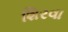
શિરવા